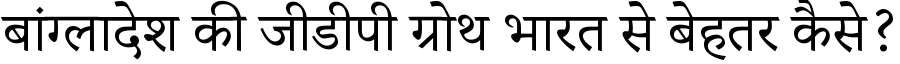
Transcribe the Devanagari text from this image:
बांग्लादेश की जीडीपी ग्रोथ भारत से बेहतर कैसे?